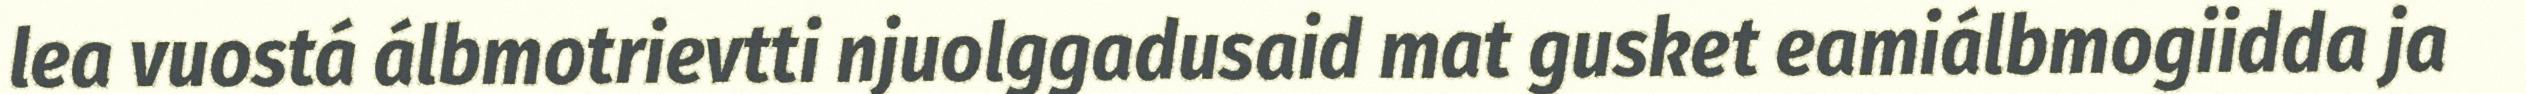
lea vuostá álbmotrievtti njuolggadusaid mat gusket eamiálbmogiidda ja